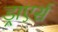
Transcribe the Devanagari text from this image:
ड्राएर्स